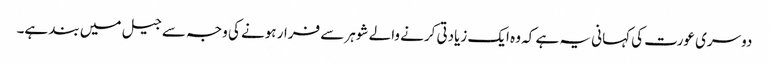
دوسری عورت کی کہانی یہ ہے کہ وہ ایک زیادتی کرنے والے شوہر سے فرار ہونے کی وجہ سے جیل میں بند ہے۔